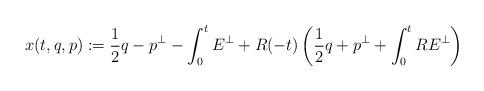
LaTeX: \begin{align*}x(t,q,p):=\frac{1}{2}q-p^\perp-\int_{0}^{t}E^\perp+R(-t)\left(\frac{1}{2}q+p^\perp+\int_{0}^{t}RE^\perp\right)\end{align*}